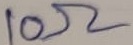
Text: 10Ω